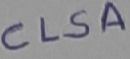
Text: CLSA